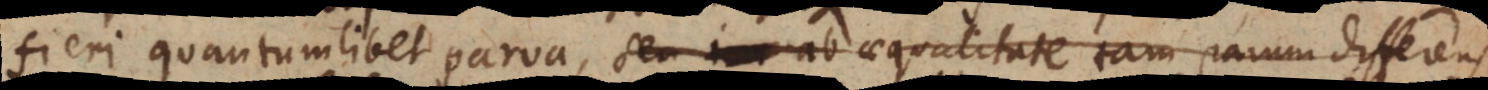
fieri quantumlibet parva, seu ab aequalitate tam parum differens